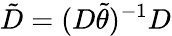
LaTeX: \tilde{D}=(D\tilde{\theta})^{-1}D